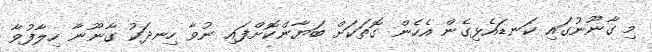
މި ގާނޫނުގައި ކަނޑައެޅިގެން އެހެން ގޮތަކަށް ބަޔާންކޮށްފައި ނުވާ ހިނދަކު ގާނޫނާ ހިލާފުވާ